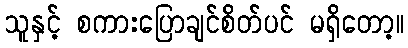
သူနှင့် စကားပြောချင်စိတ်ပင် မရှိတော့။